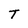
Character: T